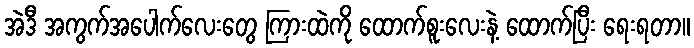
အဲဒီ အကွက်အပေါက်လေးတွေ ကြားထဲကို ထောက်စူးလေးနဲ့ ထောက်ပြီး ရေးရတာ။